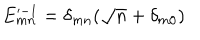
LaTeX: E _ { m n } ^ { - 1 } = \delta _ { m n } ( \sqrt { n } + \delta _ { m 0 } )